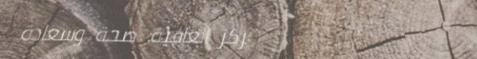
مركز العافية: صحة وسعادة